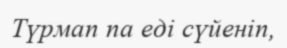
Түрмап па еді сүйеніп,